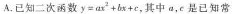
A.已知二次函数y=ax2+bx+e，其中a，c是已知常